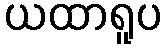
ယထာရူပ